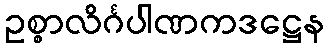
ဥစ္စာလိင်္ဂပါဏကဒဋ္ဌေန